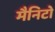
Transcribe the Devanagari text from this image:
मैनिटो